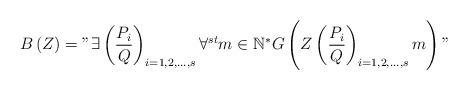
LaTeX: \begin{align*}B\left( Z\right) ="\exists \left( \dfrac{P_{i}}{Q}\right) _{i=1,2,...,s}\forall ^{st}m\in \mathbb{N}^{\ast }G\left( Z\left( \dfrac{P_{i}}{Q}\right) _{i=1,2,...,s}m\right) " \end{align*}